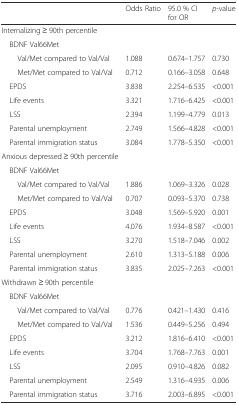
|  | Odds Ratio | 95.0 % CI for OR | p-value |
 | --- | --- | --- | --- |
 | Internalizing ≥ 90th percentile |  |  |  |
 | BDNF Val66Met |  |  |  |
 | Val/Met compared to Val/Val | 1.088 | 0.674–1.757 | 0.730 |
 | Met/Met compared to Val/Val | 0.712 | 0.166–3.058 | 0.648 |
 | EPDS | 3.838 | 2.254–6.535 | <0.001 |
 | Life events | 3.321 | 1.716–6.425 | <0.001 |
 | LSS | 2.394 | 1.199–4.779 | 0.013 |
 | Parental unemployment | 2.749 | 1.566–4.828 | <0.001 |
 | Parental immigration status | 3.084 | 1.778–5.350 | <0.001 |
 | Anxious depressed ≥ 90th percentile |  |  |  |
 | BDNF Val66Met |  |  |  |
 | Val/Met compared to Val/Val | 1.886 | 1.069–3.326 | 0.028 |
 | Met/Met compared to Val/Val | 0.707 | 0.093–5.370 | 0.738 |
 | EPDS | 3.048 | 1.569–5.920 | 0.001 |
 | Life events | 4.076 | 1.934–8.587 | <0.001 |
 | LSS | 3.270 | 1.518–7.046 | 0.002 |
 | Parental unemployment | 2.610 | 1.313–5.188 | 0.006 |
 | Parental immigration status | 3.835 | 2.025–7.263 | <0.001 |
 | Withdrawn ≥ 90th percentile |  |  |  |
 | BDNF Val66Met |  |  |  |
 | Val/Met compared to Val/Val | 0.776 | 0.421–1.430 | 0.416 |
 | Met/Met compared to Val/Val | 1.536 | 0.449–5.256 | 0.494 |
 | EPDS | 3.212 | 1.816–6.410 | <0.001 |
 | Life events | 3.704 | 1.768–7.763 | 0.001 |
 | LSS | 2.095 | 0.910–4.826 | 0.082 |
 | Parental unemployment | 2.549 | 1.316–4.935 | 0.006 |
 | Parental immigration status | 3.716 | 2.003–6.895 | <0.001 |